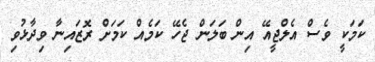
ކަމަކީ ވެސް އެލްޖީއޭ އިން ބަލަން ޖެހޭ ކަމެއް ކަމަށް ރޮޒައިނާ ވިދާޅުވި